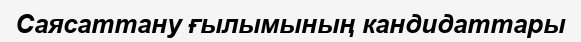
Саясаттану ғылымының кандидаттары